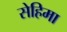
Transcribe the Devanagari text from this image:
सेहिमा